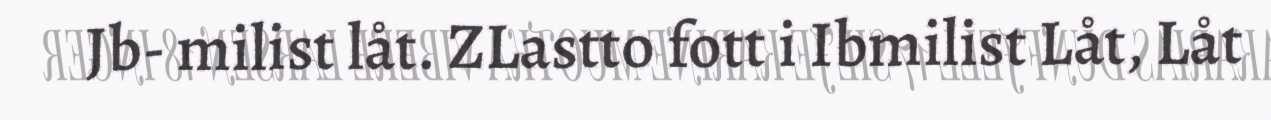
Jb- milist låt. ZLastto fott i Ibmilist Låt, Låt